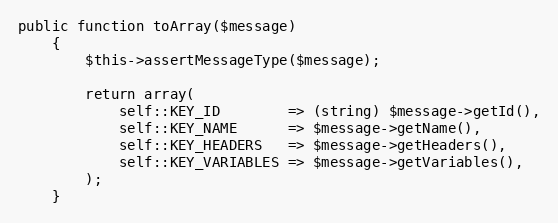
Language: PHP
public function toArray($message)
    {
        $this->assertMessageType($message);

        return array(
            self::KEY_ID        => (string) $message->getId(),
            self::KEY_NAME      => $message->getName(),
            self::KEY_HEADERS   => $message->getHeaders(),
            self::KEY_VARIABLES => $message->getVariables(),
        );
    }